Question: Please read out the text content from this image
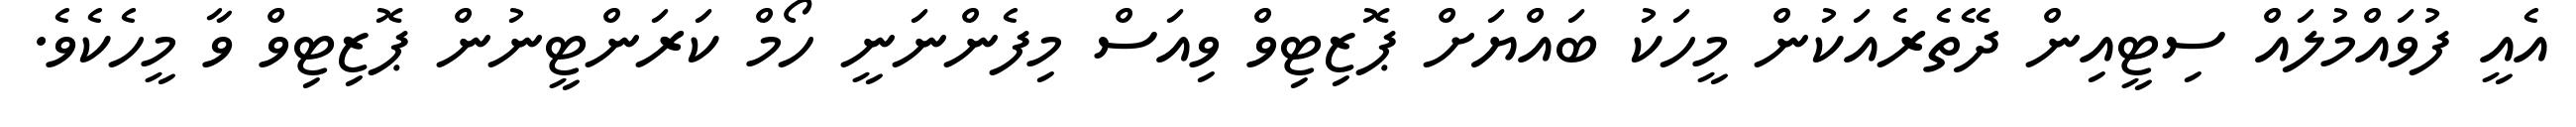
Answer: އެއީ ފުވައްމުލައް ސިޓީއިން ދޭތެރެއަކުން މީހަކު ބައްޔަށް ޕޮޒިޓިވް ވިއަސް މިފެންނަނީ ހޯމް ކަރަންޓީނުން ޕޮޒިޓިވް ވާ މީހެކެވެ.